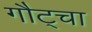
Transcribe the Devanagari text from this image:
गौट्चा